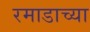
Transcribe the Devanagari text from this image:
रमाडाच्या